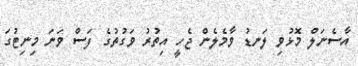
އާސެނަލް މޮޅުވި ލަނޑު ވާމެލެން ޖެހީ އިތުރު ވަގުތުގެ ފަސް ވަނަ މިނިޓުގަ